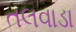
તલવાડા